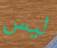
ليس